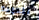
للعودة